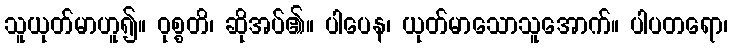
သူယုတ်မာဟူ၍။ ဝုစ္စတိ၊ ဆိုအပ်၏။ ပါပေန၊ ယုတ်မာသောသူအောက်။ ပါပတရော၊